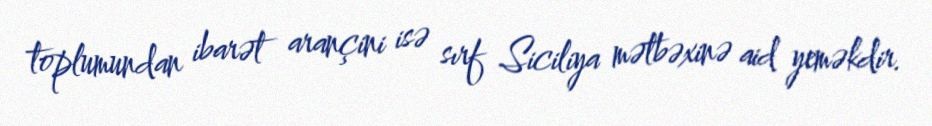
toplumundan ibarət arançini isə sırf Siciliya mətbəxinə aid yeməkdir.